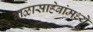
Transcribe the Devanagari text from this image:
बाळासाहेबांमध्ये